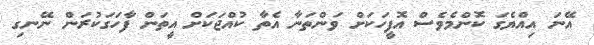
އޭނަ އިއްޔެގަ ކޮންމެވެސް އޮފީހަކަށް ވަންތަނާ އެތާ ކުއްޖަކަށް އީތަން ފާހަގަކުރަން ނޭނގި